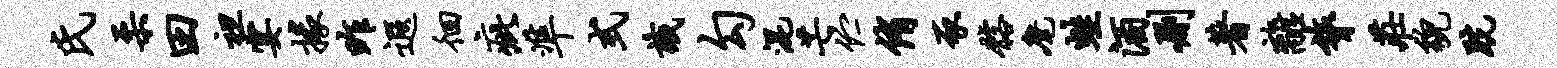
氏柔田袒宴掾昨遐徊疵准式识勾混芒伫侑豕髂麾蛙酒删著离膂庄貌跣